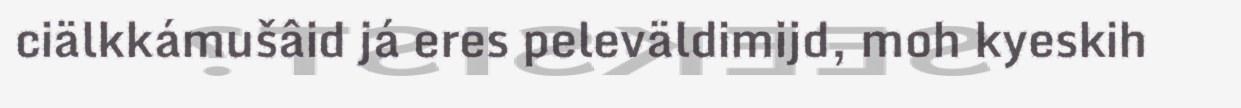
ciälkkámušâid já eres peleväldimijd, moh kyeskih